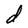
Character: d